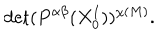
\mathrm { d e t } ( P ^ { \alpha \beta } ( X _ { 0 } ^ { I } ) ) ^ { \chi ( M ) } .